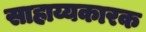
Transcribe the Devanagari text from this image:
साहाय्यकारक